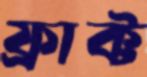
ফ্রাক্ট